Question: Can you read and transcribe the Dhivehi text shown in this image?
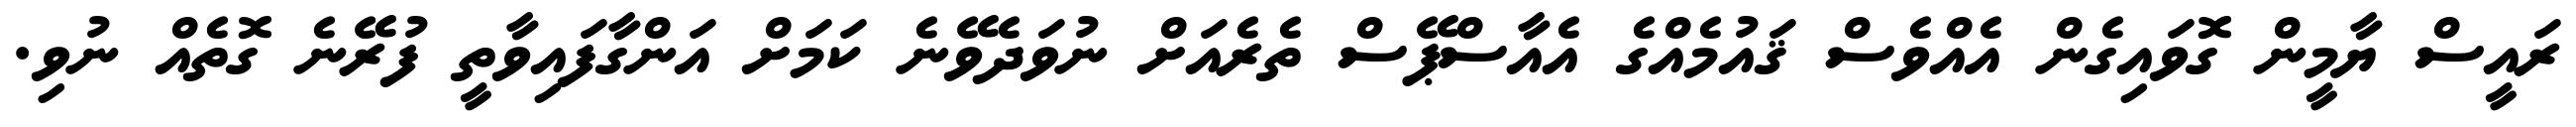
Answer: ރައީސް ޔާމީން ގޮވައިގެން އެއްވެސް ޤައުމެއްގެ އެއާސްޕޭސް ތެރެއަށް ނުވަދެވޭނެ ކަމަށް އަންގާފައިވާތީ ފުރޭނެ ގޮތެއް ނުވި.